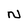
Character: N